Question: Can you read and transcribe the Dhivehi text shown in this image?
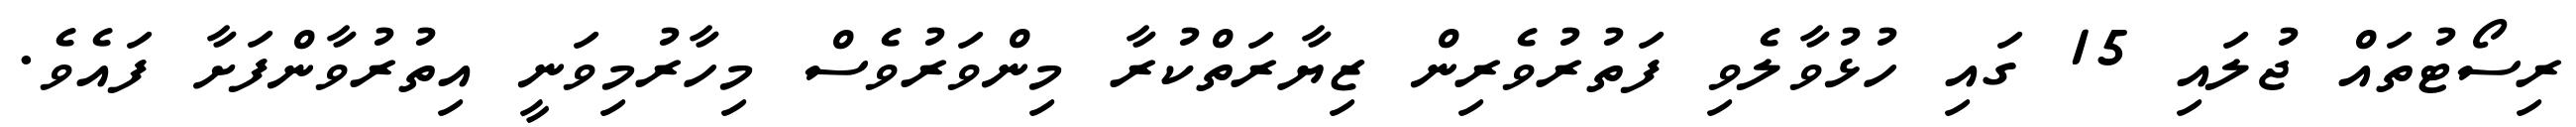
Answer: ރިސޯޓުތައް ޖުލައި 15 ގައި ހުޅުވާލެވި ފަތުރުވެރިން ޒިޔާރަތްކުރާ މިންވަރުވެސް މިހާރުމިވަނީ އިތުރުވާންފަށާ ފައެވެ.